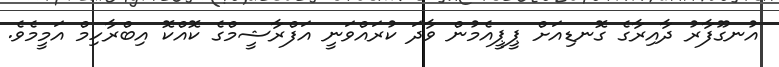
އުނގޫފާރު ދާއިރާގެ ގޮނޑިއަށް ޕީޕީއެމުން ވާދަ ކުރައްވަނީ އަފްރާޝީމްގެ ކޮއްކޮ އިބްރާހިމް އަމީމެވެ.